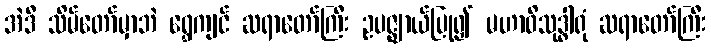
အဲဒီ သိမ်တော်မှာဘဲ ရွှေကျင် ဆရာတော်ကြီး ဥပဇ္ဈာယ်ပြု၍ မဟာဝိသုဒ္ဓါရုံ ဆရာတော်ကြီး